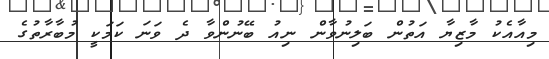
މިއާއެކު މާޒިޔާ އަތުން ބަލިނުވާން ނިއު ބޭނުންވާ ދެ ވަނަ ކަމަކީ މުބާރާތުގެ